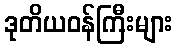
ဒုတိယဝန်ကြီးများ